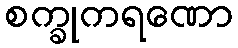
စက္ခုကရဏော